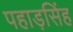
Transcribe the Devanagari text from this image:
पहाड़सिंह